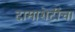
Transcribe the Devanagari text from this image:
दामाशेटींचा